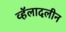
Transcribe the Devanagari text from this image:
व्हॅलादलीन